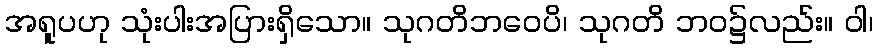
အရူပဟု သုံးပါးအပြားရှိသော။ သုဂတိဘဝေပိ၊ သုဂတိ ဘဝ၌လည်း။ ဝါ၊